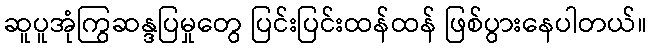
ဆူပူအုံကြွဆန္ဒပြမှုတွေ ပြင်းပြင်းထန်ထန် ဖြစ်ပွားနေပါတယ်။